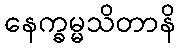
နေက္ခမ္မသိတာနိ